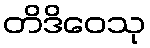
တိဒိဝေသု